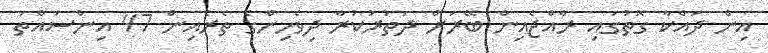
އިން ދައްކާ ގޮތުގައި ރާއްޖެއިން ބޭރަށް ދަތުރުކުރާ ދިވެހިންގެ ތެރެއިން 47 އިންސައްތަ